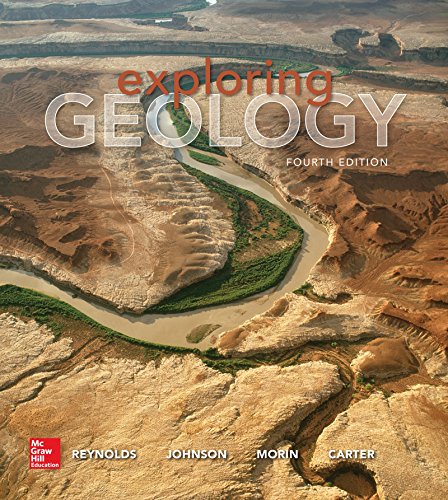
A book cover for Exploring Geology; Stephen Reynolds; Science & Math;